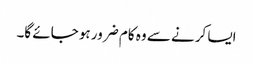
ایسا کرنے سے وہ کام ضرور ہو جائے گا۔